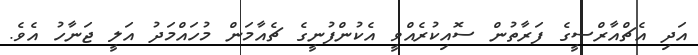
އަދި އެޗްއާރްސީގެ ފަރާތުން ސޮއިކުރެއްވީ އެކުންފުނީގެ ޗެއާމަން މުހައްމަދު އަލީ ޖަނާހު އެވެ.